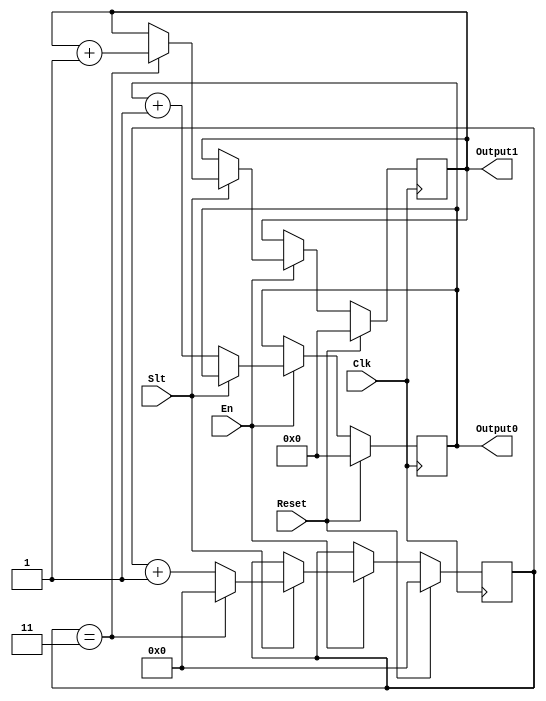
`timescale 1ns / 1ps
//////////////////////////////////////////////////////////////////////////////////
// Company: 
// Engineer: 
// 
// Design Name: 
// Module Name:    code 
// Project Name: 
// Target Devices: 
// Tool versions: 
// Description: 
//
// Dependencies: 
//
// Revision: 
// Revision 0.01 - File Created
// Additional Comments: 
//
//////////////////////////////////////////////////////////////////////////////////
module code(
    input Clk,
    input  Reset,
    input Slt,
    input En,
    output reg [63:0] Output0 = 64'b0,
    output reg [63:0] Output1 = 64'b0
    );
	reg [3:0] cnt = 4'b0;
	
	always @(posedge Clk) begin
		if (Reset == 1) begin
			Output0 <= 64'b0;
			Output1 <= 64'b0;
			cnt <= 1'b0;
		end
		else begin
			if (En == 1) begin
				if (Slt == 0) begin
					Output0 <= Output0 + 64'b1;
				end
				else begin
					if (cnt == 3) begin
						cnt <= 4'b0;
						Output1 <= Output1 + 64'b1;
					end
					else begin
						cnt <= cnt + 4'b1;
					end
				end
			end
		end
	end

endmodule